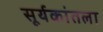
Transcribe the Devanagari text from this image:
सूर्यकांतला